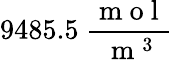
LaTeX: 9485.5\ \frac{\mathrm{~m~o~l~}}{\mathrm{~m~}^{3}}